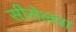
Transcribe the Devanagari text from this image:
सीसेलवा